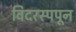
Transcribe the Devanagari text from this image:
विदरस्पपून